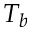
T _ { b }